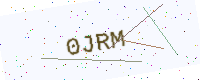
Text: 0JRM